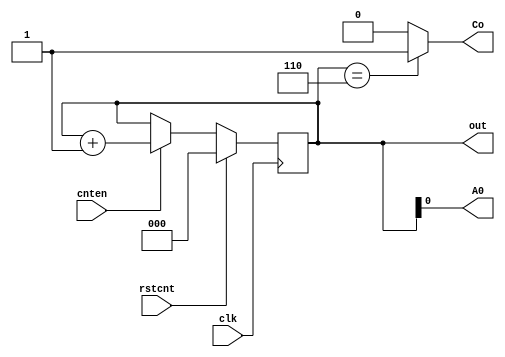
`timescale 1ns/1ns

module counter(input rstcnt,cnten, clk, output Co, A0, output [2:0] out);
    
    reg[2:0] temp;
    
    always@(posedge clk)begin
      if(rstcnt) temp <= 3'b000;     
      else if (cnten) temp <= temp + 1;
    end
    
	 assign out = temp;
    assign Co = (temp == 3'b110) ? 1 : 0;
	 assign A0 = temp[0];
       
endmodule